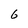
Character: 6